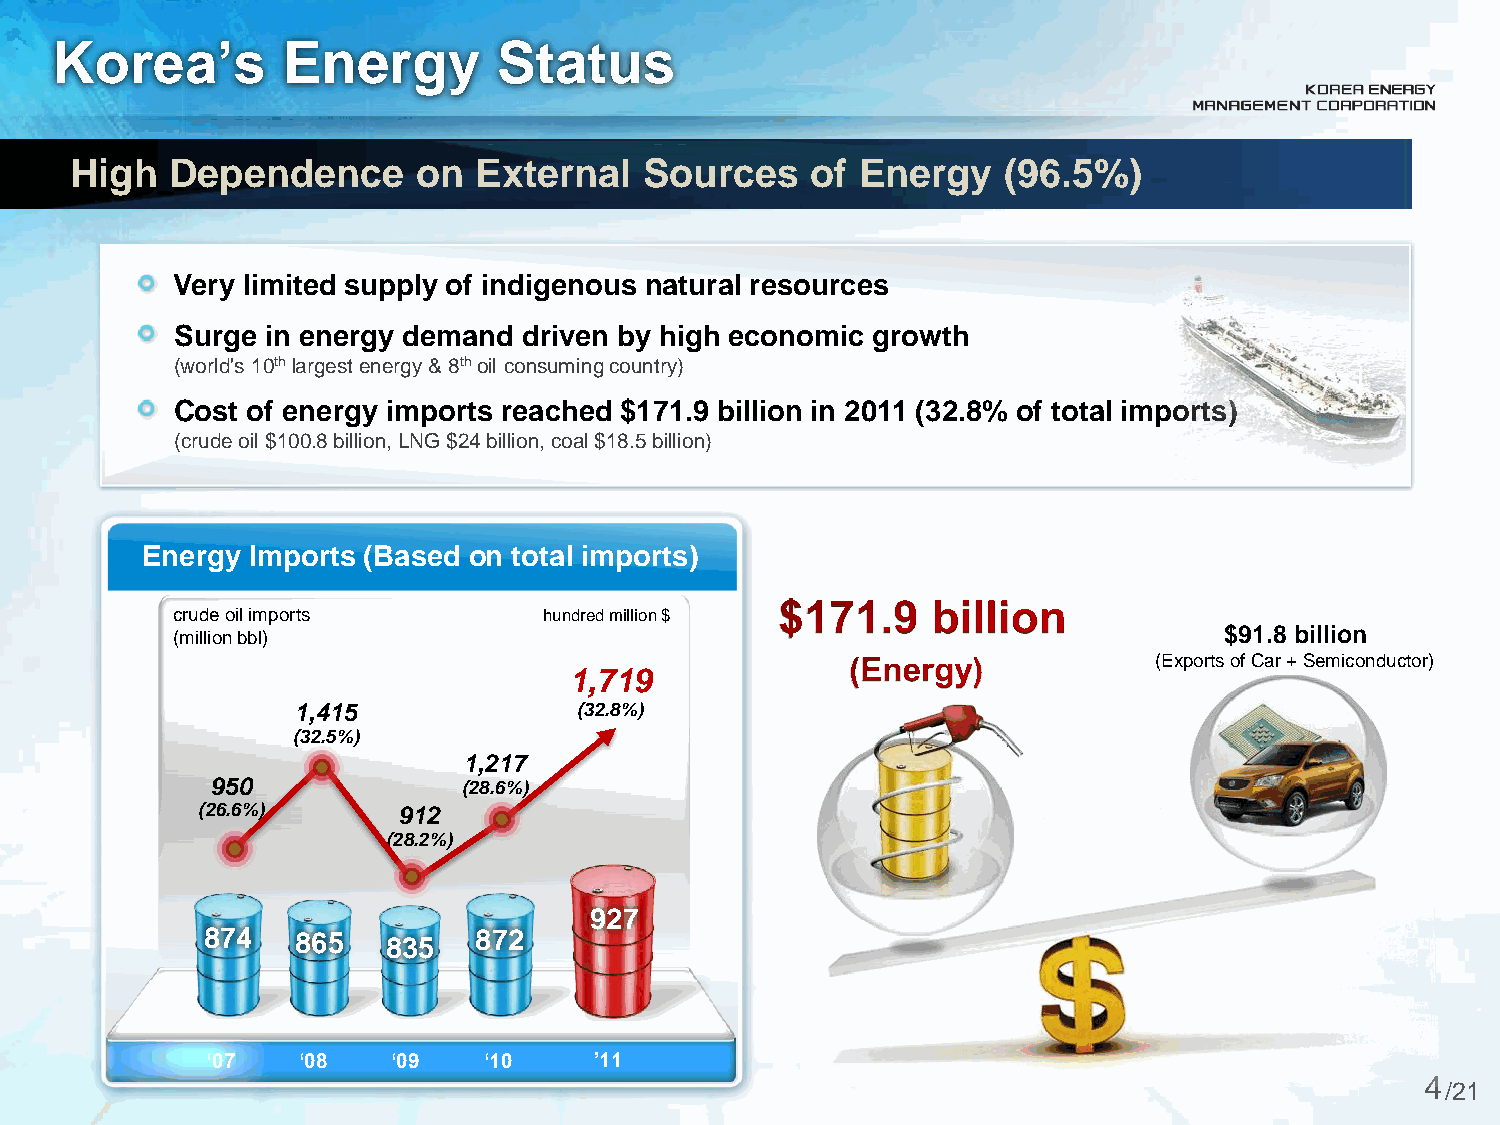
Korea’s         Energy        Status
 High  Dependence       on External    Sources    of Energy   (96.5%)
 Very limited supply of indigenous natural resources
 Surge in energy demand driven by high economic growth
 (world's 10th largest energy & 8th oil consuming country)
 Cost of energy imports reached $171.9 billion in 2011 (32.8% of total imports)
 (crude oil $100.8 billion, LNG $24 billion, coal $18.5 billion)
 Energy Imports (Based on total imports)
 crude oil imports        hundred million $
 (million bbl)                                                         $91.8 billion
 (Exports of Car + Semiconductor)
 1,719
 1,415              (32.8%)
 (32.5%)
 1,217
 950              (28.6%)
 (26.6%)      912
 (28.2%)
 927
 874    865   835  872
 ‘07   ‘08   ‘09   ‘10    ’11
 4
 /21